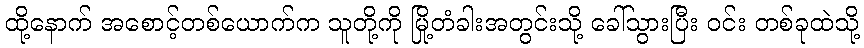
ထို့နောက် အစောင့်တစ်ယောက်က သူတို့ကို မြို့တံခါးအတွင်းသို့ ခေါ်သွားပြီး ဝင်း တစ်ခုထဲသို့